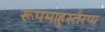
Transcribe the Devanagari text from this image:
रूपमाहुस्तैरप्य